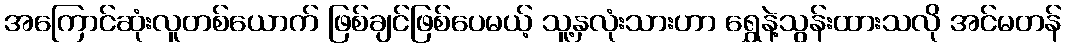
အကြောင်ဆုံးလူတစ်ယောက် ဖြစ်ချင်ဖြစ်ပေမယ့် သူ့နှလုံးသားဟာ ရွှေနဲ့သွန်းထားသလို အင်မတန်